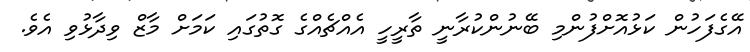
އޭގެފަހުން ކަޅުއޮށްފުންމި ބޭނުންކުރާނީ ތާރީހީ އެއްޗެއްގެ ގޮތުގައި ކަމަށް މާޒް ވިދާޅުވި އެވެ.